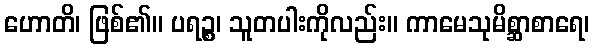
ဟောတိ၊ ဖြစ်၏။ ပရဉ္စ၊ သူတပါးကိုလည်း။ ကာမေသုမိစ္ဆာစာရေ၊